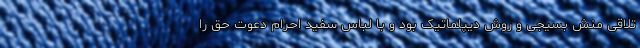
تلاقی منش بسیجی و روش دیپلماتیک بود و با لباس سفید احرام دعوت حق را